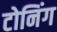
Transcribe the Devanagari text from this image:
टोनिंग